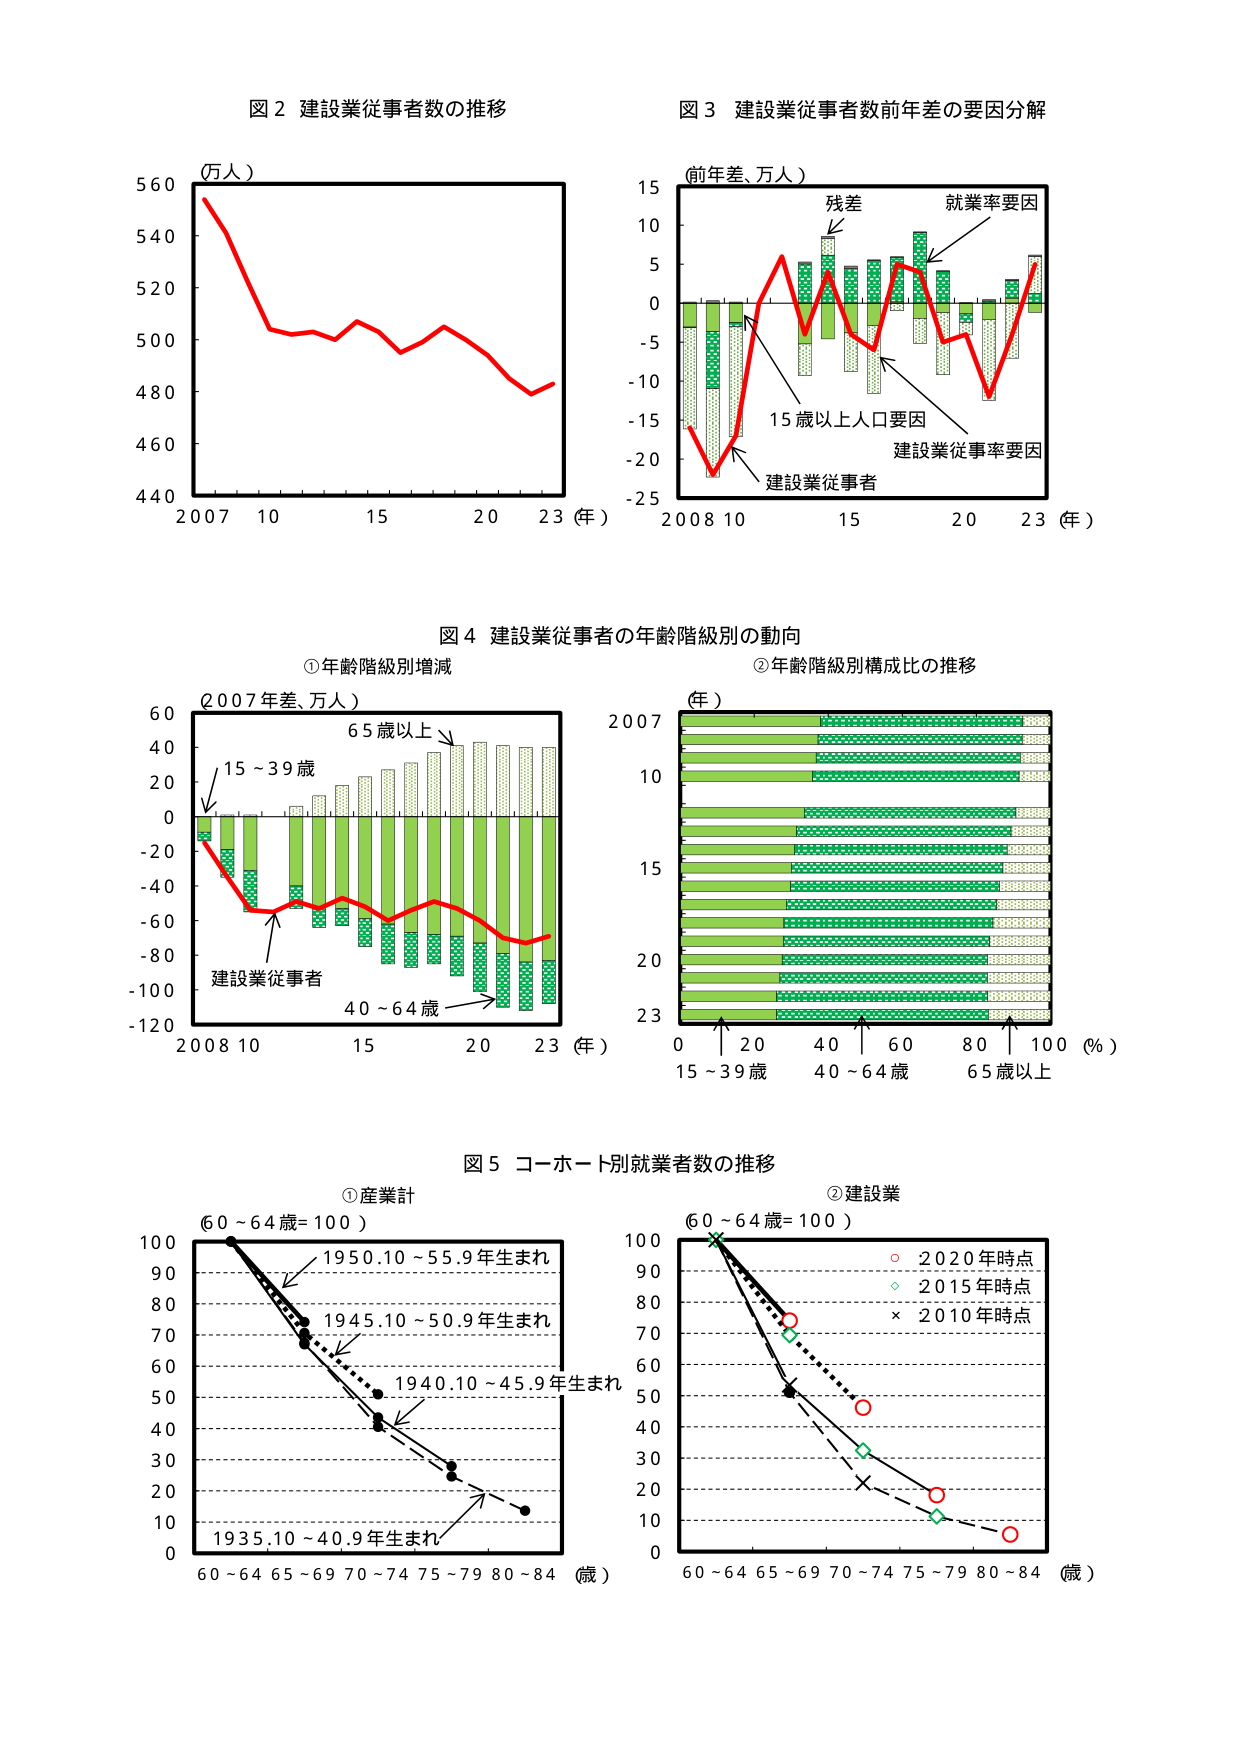
図２ 建設業従事者数の推移
（万人）
560
540
520
500
480
460
440
2007 10 15 20 23（年）

図３ 建設業従事者数前年差の要因分解
（前年差、万人）
15
10
5
0
-5
-10
-15
-20
-25
2008 10 15 20 23（年）
残差
就業率要因
15歳以上人口要因
建設業従事率要因
建設業従事者

図４ 建設業従事者の年齢階級別の動向
①年齢階級別増減
（2007年差、万人）
60
40
20
0
-20
-40
-60
-80
-100
-120
2008 10 15 20 23（年）
15～39歳
65歳以上
40～64歳
建設業従事者

②年齢階級別構成比の推移
（年）
2007
10
15
20
23
0 20 40 60 80 100（％）
15～39歳 40～64歳 65歳以上

図５ コーホート別就業者数の推移
①産業計
（60～64歳＝100）
100
90
80
70
60
50
40
30
20
10
0
60～64 65～69 70～74 75～79 80～84（歳）
1950.10～55.9年生まれ
1945.10～50.9年生まれ
1940.10～45.9年生まれ
1935.10～40.9年生まれ

②建設業
（60～64歳＝100）
100
90
80
70
60
50
40
30
20
10
0
60～64 65～69 70～74 75～79 80～84（歳）
○ 2020年時点
◇ 2015年時点
× 2010年時点